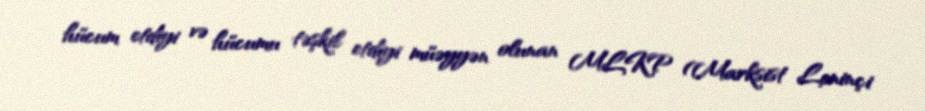
hücum etdiyi və hücumu təşkil etdiyi müəyyən olunan MLKP (Marksist Leninçi